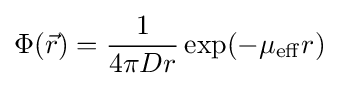
\Phi ({\vec {r}})={\frac {1}{4\pi Dr}}\exp(-\mu _{\mathrm {eff} }r)